Insane asylums in Bengal annual reports 1867-1875 - 1867-1875
Year: 1867
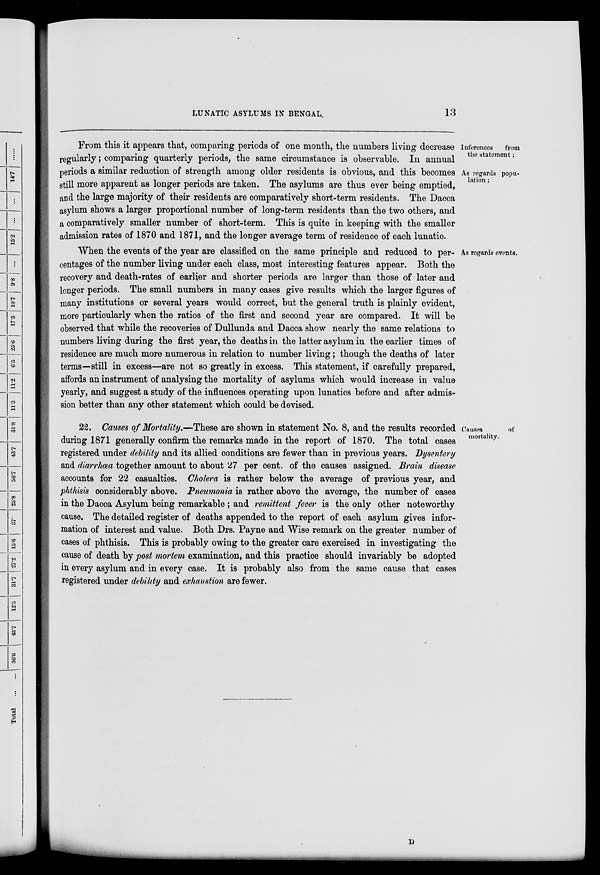
LUNATIC ASYLUMS IN BENGAL.
13
Inferences
from
the statement ;
As regards popu-
lation ;
From this it appears that, comparing periods of one month, the numbers living decrease
regularly; comparing quarterly periods, the same circumstance is observable. In annual
periods a similar reduction of strength among older residents is obvious, and this becomes
still more apparent as longer periods are taken. The asylums are thus ever being emptied,
and the large majority of their residents are comparatively short-term residents. The Dacca
asylum shows a larger proportional number of long-term residents than the two others, and
a comparatively smaller number of short-term. This is quite in keeping with the smaller
admission rates of 1870 and 1871, and the longer average term of residence of each lunatic.
As regards events.
When the events of the year are classified on the same principle and reduced to per-
centages of the number living under each class, most interesting features appear. Both the
recovery and death-rates of earlier and shorter periods are larger than those of later and
longer periods. The small numbers in many cases give results which the larger figures of
many institutions or several years would correct, but the general truth is plainly evident,
more particularly when the ratios of the first and second year are compared. It will be
observed that while the recoveries of Dullunda and Dacca show nearly the same relations to
numbers living during the first year, the deaths in the latter asylum in the earlier times of
residence are much more numerous in relation to number living; though the deaths of later
terms—-still in excess—are not so greatly in excess. This statement, if carefully prepared,
affords an instrument of analysing the mortality of asylums which would increase in value
yearly, and suggest a study of the influences operating upon lunatics before and after admis-
sion better than any other statement which could be devised.
Causes
of
mortality.
22. Causes of Mortality,—These are shown in statement No. 8, and the results recorded
during 1871 generally confirm the remarks made in the report of 1870. The total cases
registered under debility and its allied conditions are fewer than in previous years. Dysentery
and diarrhœa together amount to about 27 per cent. of the causes assigned. Brain disease
accounts for 22 casualties. Cholera is rather below the average of previous year, and
phthisis considerably above. Pneumonia is rather above the average, the number of cases
in the Dacca Asylum being remarkable ; and remittent fever is the only other noteworthy
cause. The detailed register of deaths appended to the report of each asylum gives infor-
mation of interest and value. Both Drs. Payne and Wise remark on the greater number of
cases of phthisis. This is probably owing to the greater care exercised in investigating the
cause of death by post mortem examination, and this practice should invariably be adopted
in every asylum and in every case. It is probably also from the same cause that cases
registered under debility and exhaustion are fewer.
D